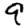
Digit: 9